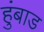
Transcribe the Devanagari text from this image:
हुंबाड